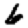
Digit: 6